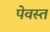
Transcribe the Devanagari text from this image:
पेवस्त